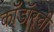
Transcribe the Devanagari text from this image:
काँडॉरची